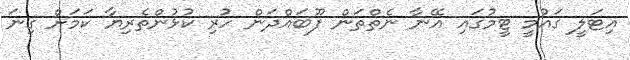
އިޓަލީ ގައުމީ ޓީމުގައި އޭނާ ނެތްތަން ފޫބައްދަން ހުރި ކުޅުންތެރިޔާ ކަމަށް ގިނަ